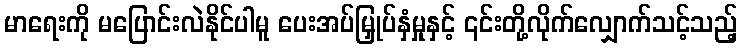
မာရေးကို မပြောင်းလဲနိုင်ပါမူ ပေးအပ်မြှုပ်နှံမှုနှင့် ၎င်းတို့လိုက်လျှောက်သင့်သည့်